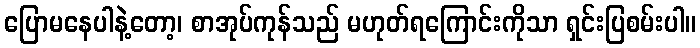
ပြောမနေပါနဲ့တော့၊ စာအုပ်ကုန်သည် မဟုတ်ရကြောင်းကိုသာ ရှင်းပြစမ်းပါ။